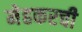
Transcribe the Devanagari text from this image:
मेहकरची